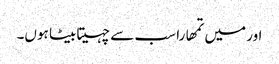
اور میں تمھارا سب سے چہیتا بیٹا ہوں۔